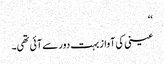
‘‘
عینی کی آواز بہت دور سے آئی تھی۔